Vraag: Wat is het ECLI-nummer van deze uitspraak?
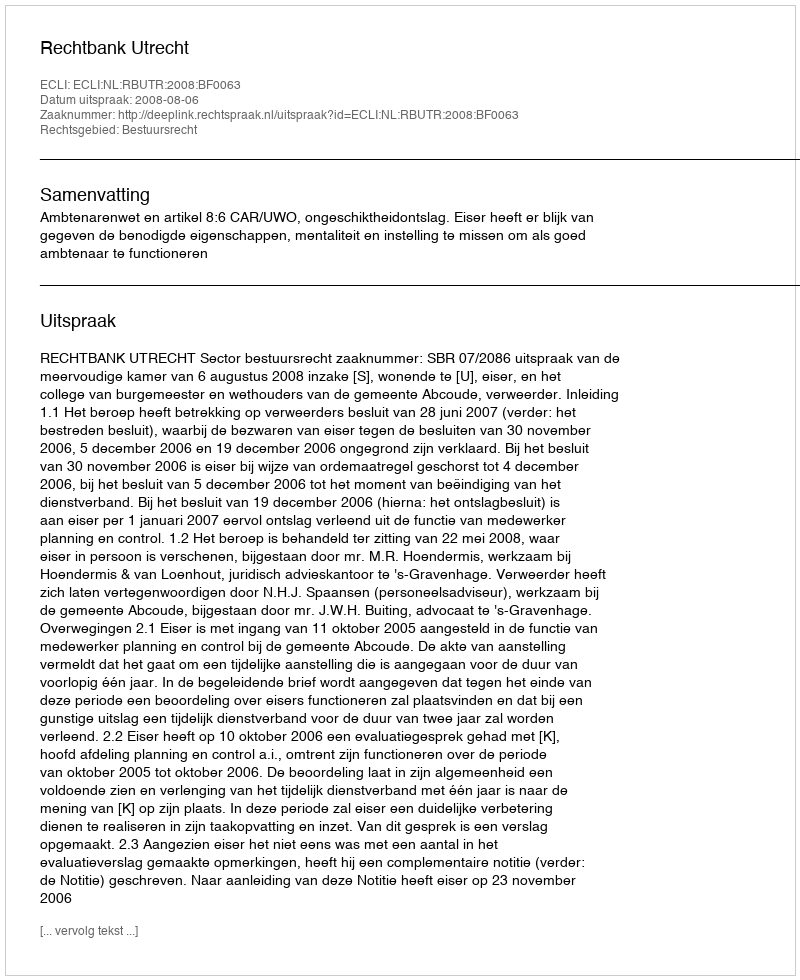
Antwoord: ECLI:NL:RBUTR:2008:BF0063